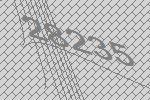
28235